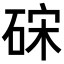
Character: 𥒬